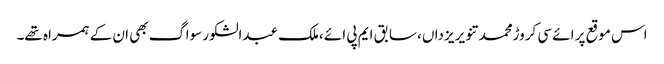
اس موقع پر ائے سی کروڑمحمد تنویر یزداں ،سابق ایم پی ائے ،ملک عبدالشکور سواگ بھی ان کے ہمراہ تھے۔